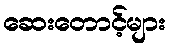
ဆေးတောင့်များ